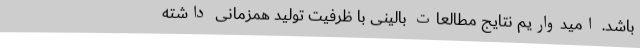
باشد. امیدواریم نتایج مطالعات بالینی با ظرفیت تولید همزمانی داشته